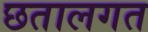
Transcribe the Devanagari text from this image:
छतालगत